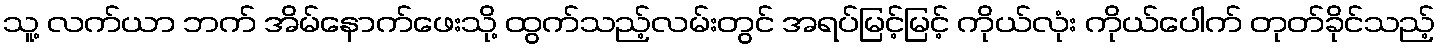
သူ့ လက်ယာ ဘက် အိမ်နောက်ဖေးသို့ ထွက်သည့်လမ်းတွင် အရပ်မြင့်မြင့် ကိုယ်လုံး ကိုယ်ပေါက် တုတ်ခိုင်သည့်